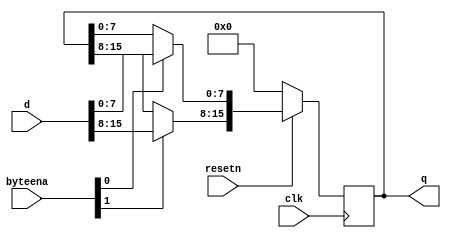
module top_module (
    input           clk,
    input           resetn,
    input   [1:0]   byteena,
    input   [15:0]  d,
    output  [15:0]  q
);

    reg     [15:0]  q_r;
    wire    [15:0]  q_next;
    always @(posedge clk) begin
        if (!resetn)
            q_r <= '0;
        else
            q_r <= q_next;
    end

    assign q_next = {byteena[1] ? d[15:8] : q_r[15:8], byteena[0] ? d[7:0] : q_r[7:0]};

    assign q = q_r;

endmodule